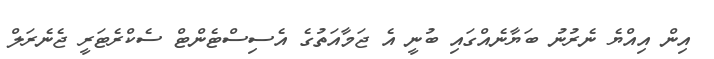
އިން އިއްޔެ ނެރުނު ބަޔާނެއްގައި ބުނީ އެ ޖަމާއަތުގެ އެސިސްޓެންޓް ސެކްރެޓަރީ ޖެނެރަލް